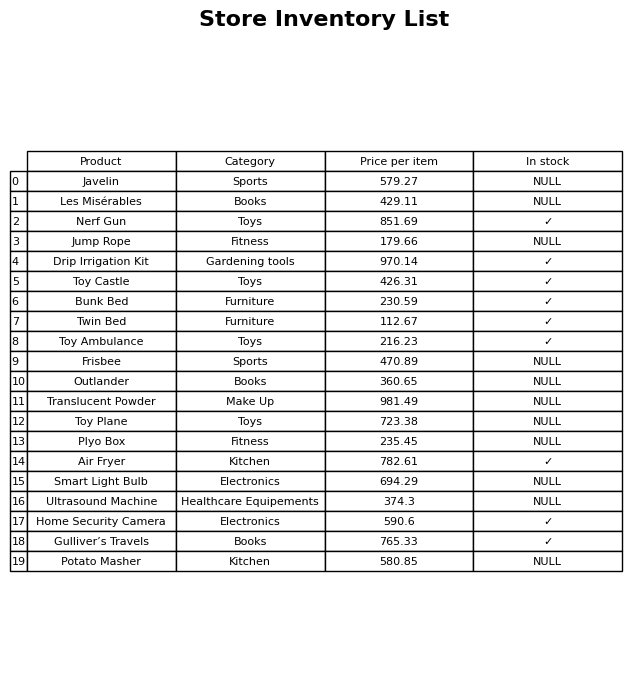
question: Which products are currently out of stock?
answer: Javelin, Les Misérables, Jump Rope, Frisbee, Outlander, Translucent Powder, Toy Plane, Plyo Box, Smart Light Bulb, Ultrasound Machine, Potato Masher